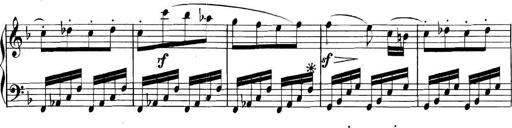
Title: Collected Piano Sonatas
Composer: Muzio Clementi